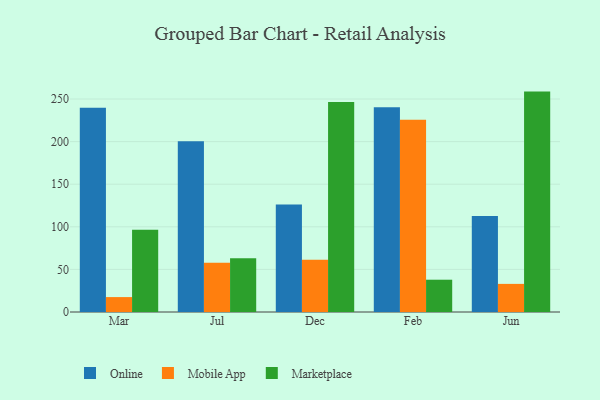
{"axis": {"x": "Month", "y": "Satisfaction Score"}, "legend": ["Marketplace", "Mobile App", "Online"], "data": [{"x": "Mar", "y": 239.8, "type": "Online"}, {"x": "Mar", "y": 17.5, "type": "Mobile App"}, {"x": "Mar", "y": 96.4, "type": "Marketplace"}, {"x": "Jul", "y": 200.4, "type": "Online"}, {"x": "Jul", "y": 57.8, "type": "Mobile App"}, {"x": "Jul", "y": 63.1, "type": "Marketplace"}, {"x": "Dec", "y": 126.1, "type": "Online"}, {"x": "Dec", "y": 61.2, "type": "Mobile App"}, {"x": "Dec", "y": 246.5, "type": "Marketplace"}, {"x": "Feb", "y": 240.4, "type": "Online"}, {"x": "Feb", "y": 225.6, "type": "Mobile App"}, {"x": "Feb", "y": 37.9, "type": "Marketplace"}, {"x": "Jun", "y": 112.7, "type": "Online"}, {"x": "Jun", "y": 33.0, "type": "Mobile App"}, {"x": "Jun", "y": 258.7, "type": "Marketplace"}]}